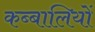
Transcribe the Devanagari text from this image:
कब्बालियों